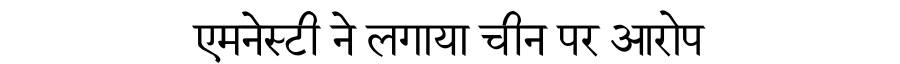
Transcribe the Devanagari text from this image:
एमनेस्टी ने लगाया चीन पर आरोप